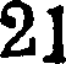
21